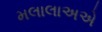
મલાલાઅએ